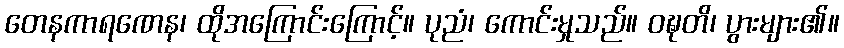
တေနကာရဏေန၊ ထိုအကြောင်းကြောင့်။ ပုညံ၊ ကောင်းမှုသည်။ ဝဍ္ဎတိ၊ ပွားများ၏။